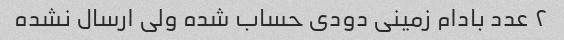
۲ عدد بادام زمینی دودی حساب شده ولی ارسال نشده